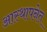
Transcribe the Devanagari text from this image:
आस्थापनेत